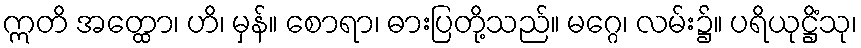
ဣတိ အတ္ထော၊ ဟိ၊ မှန်။ စောရာ၊ ဓားပြတို့သည်။ မဂ္ဂေ၊ လမ်း၌။ ပရိယုဋ္ဌိံသု၊